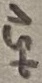
Text: +5V